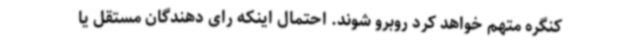
کنگره متهم خواهد کرد روبرو شوند. احتمال اینکه رای دهندگان مستقل یا